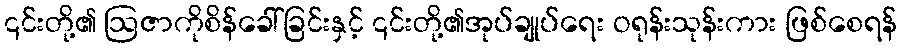
၎င်းတို့၏ ဩဇာကိုစိန်ခေါ်ခြင်းနှင့် ၎င်းတို့၏အုပ်ချုပ်ရေး ဝရုန်းသုန်းကား ဖြစ်စေရန်